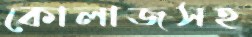
কোলাজসহ